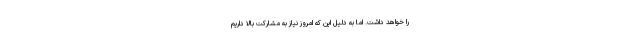
را خواهد داشت. اما به دلیل این که امروز نیاز به مشارکت بالا داریم